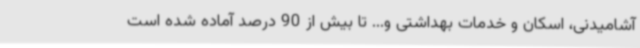
آشامیدنی، اسکان و خدمات بهداشتی و... تا بیش از 90 درصد آماده شده است